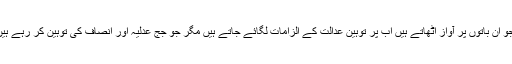
مشکل یہ بھی ہے کہ جو ان باتوں پر آواز اٹھاتے ہیں اب پر توہین عدالت کے الزامات لگائے جاتے ہیں مگر جو جج عدلیہ اور انصاف کی توہین کر رہے ہیں اس کا کیا کیا جائے؟